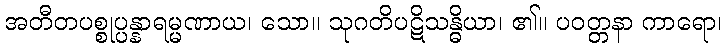
အတီတပစ္စုပ္ပန္နာရမ္မဏာယ၊ သော။ သုဂတိပဋိသန္ဓိယာ၊ ၏။ ပဝတ္တနာ ကာရော၊